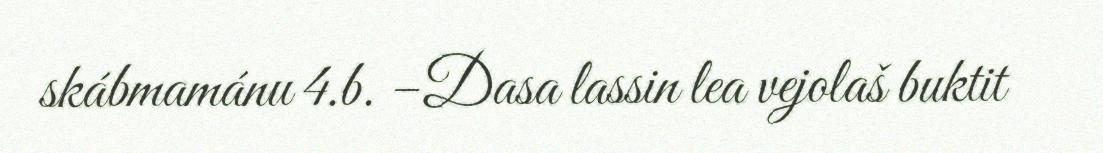
skábmamánu 4.b. –Dasa lassin lea vejolaš buktit